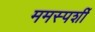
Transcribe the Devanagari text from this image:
ममस्पर्शी